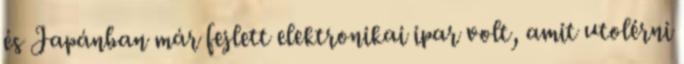
és Japánban már fejlett elektronikai ipar volt, amit utolérni